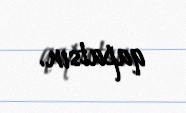
qapatsın.